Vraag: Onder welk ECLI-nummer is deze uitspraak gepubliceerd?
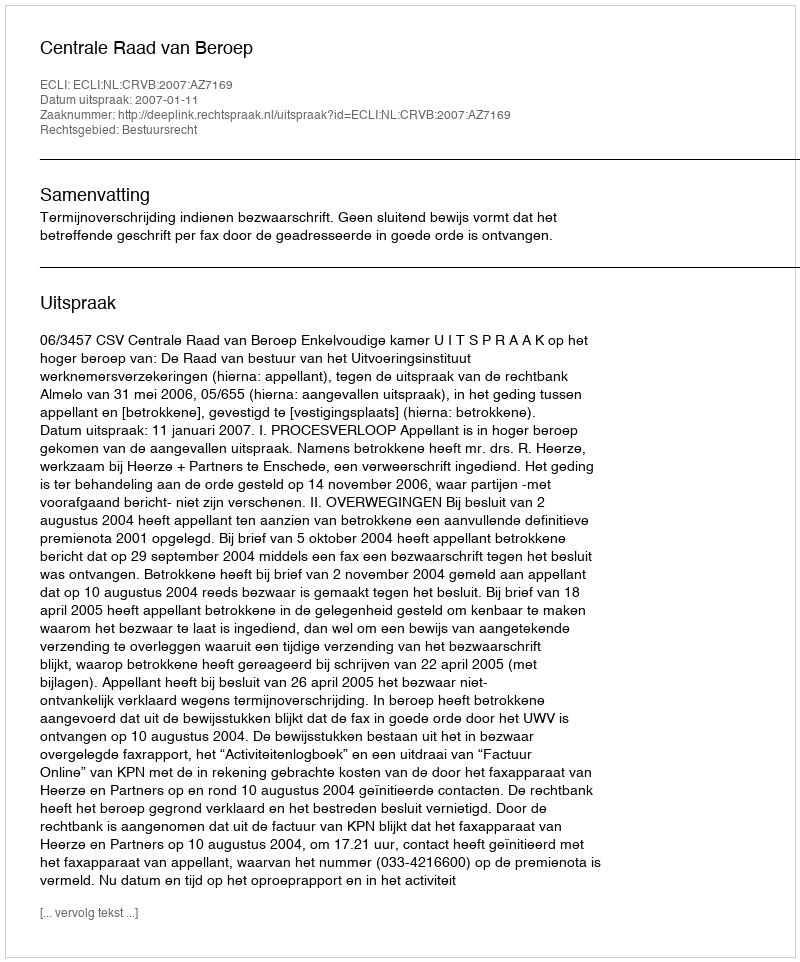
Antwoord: ECLI:NL:CRVB:2007:AZ7169